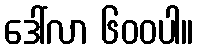
ဒေါ်လာ ၆၀၀ပါ။